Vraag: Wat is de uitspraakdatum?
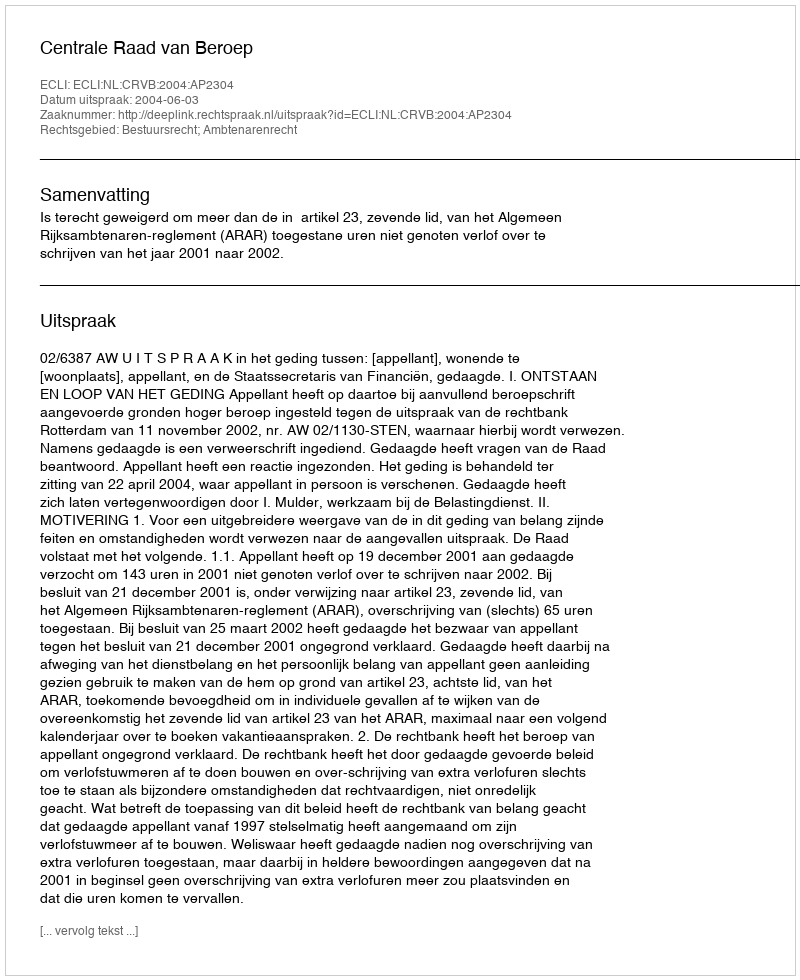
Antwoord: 2004-06-03